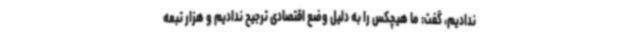
ندادیم، گفت: ما هیچکس را به دلیل وضع اقتصادی ترجیح ندادیم و هزار تبعه